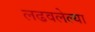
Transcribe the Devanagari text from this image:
लढवलेल्या